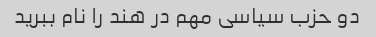
دو حزب سیاسی مهم در هند را نام ببرید